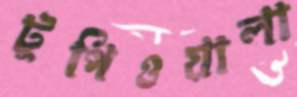
টুপিওয়ালা